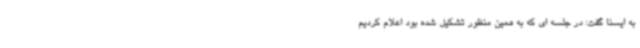
به ایسنا گفت: در جلسه ای که به همین منظور تشکیل شده بود اعلام کردیم